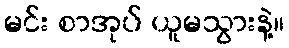
မင်း စာအုပ် ယူမသွားနဲ့။